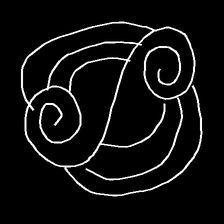
Glyph: wind-underfoot